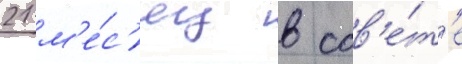
21 м'е́с'яц в сов'е́т'е